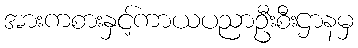
အားကစားနှင့်ကာယပညာဦးစီးဌာနမှ